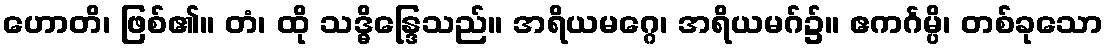
ဟောတိ၊ ဖြစ်၏။ တံ၊ ထို သဒ္ဓိန္ဒြေသည်။ အရိယမဂ္ဂေ၊ အရိယမဂ်၌။ ဧကင်္ဂမ္ပိ၊ တစ်ခုသော